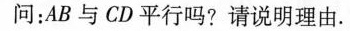
问：AB与CD平行吗?请说明理由。